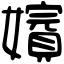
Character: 𡣑